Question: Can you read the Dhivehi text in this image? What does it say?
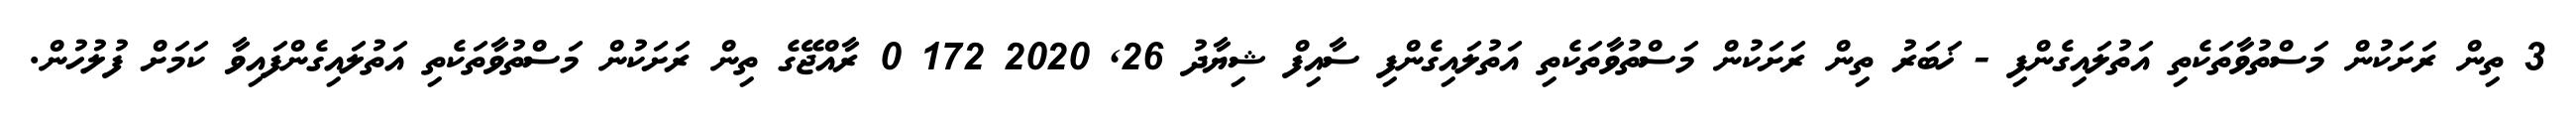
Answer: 3 ތިން ރަށަކުން މަސްތުވާތަކެތި އަތުލައިގެންފި - ޚަބަރު ތިން ރަށަކުން މަސްތުވާތަކެތި އަތުލައިގެންފި ސާއިފް ޝިޔާދު 26, 2020 172 0 ރާއްޖޭގެ ތިން ރަށަކުން މަސްތުވާތަކެތި އަތުލައިގެންފައިވާ ކަމަށް ފުލުހުން.